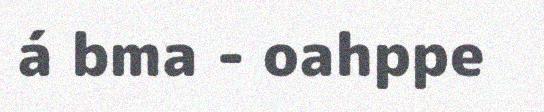
á bma - oahppe